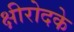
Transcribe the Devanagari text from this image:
क्षीरोदके